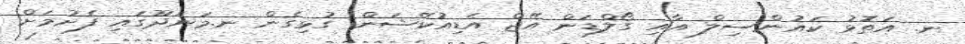
ނ. އަތޮޅު ކައުންސިލް އާއި ގޯލްޑަން އޭޖް އެޑިއުކޭޝަން ގުޅިގެން ނ.މަނަދޫގައި ފެށުމަށް